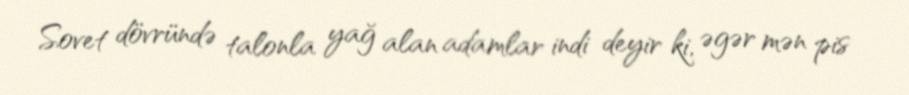
Sovet dövründə talonla yağ alan adamlar indi deyir ki, əgər mən pis